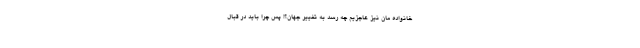
خانواده مان نیز عاجزیم چه رسد به تغییر جهان؟! پس چرا باید در قبال